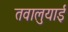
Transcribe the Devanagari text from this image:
तवालुयाई